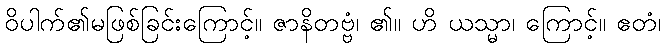
ဝိပါက်၏မဖြစ်ခြင်းကြောင့်။ ဇာနိတဗ္ဗံ၊ ၏။ ဟိ ယသ္မာ၊ ကြောင့်။ ဧတံ၊